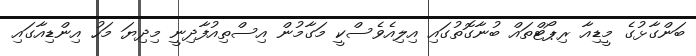
ބަންގާޅުގެ މީޑިއާ ރިޕޯޓްތައް ބުނާގޮތުގައި އިލިއެވެސްކީ މަގާމުން އިސްތިއުފާދިނީ މިދިޔަ މަހު އިންޑިއާގައި